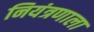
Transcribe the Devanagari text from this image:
नियंत्रणाला